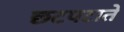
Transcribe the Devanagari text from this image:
छटपटाते